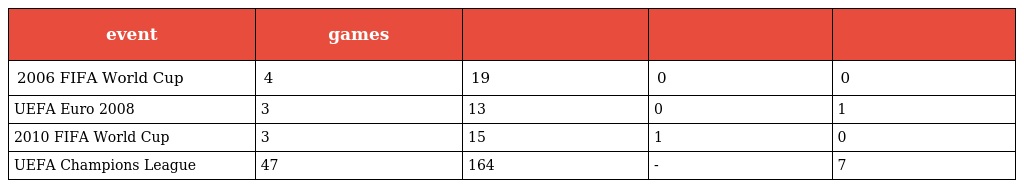
| event | games |  |  |  |
 | --- | --- | --- | --- | --- |
 | 2006 FIFA World Cup | 4 | 19 | 0 | 0 |
 | UEFA Euro 2008 | 3 | 13 | 0 | 1 |
 | 2010 FIFA World Cup | 3 | 15 | 1 | 0 |
 | UEFA Champions League | 47 | 164 | - | 7 |